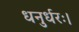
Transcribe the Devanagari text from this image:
धनुर्धरः।